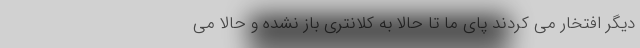
دیگر افتخار می کردند پای ما تا حالا به کلانتری باز نشده و حالا می